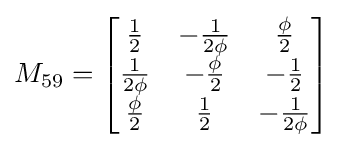
M_{59}={\begin{bmatrix}{\frac {1}{2}}&-{\frac {1}{2\phi }}&{\frac {\phi }{2}}\\{\frac {1}{2\phi }}&-{\frac {\phi }{2}}&-{\frac {1}{2}}\\{\frac {\phi }{2}}&{\frac {1}{2}}&-{\frac {1}{2\phi }}\end{bmatrix}}